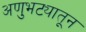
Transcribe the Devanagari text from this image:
अणुभट्यातून